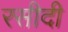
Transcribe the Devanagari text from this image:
रसीदी